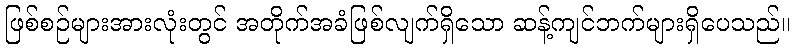
ဖြစ်စဉ်များအားလုံးတွင် အတိုက်အခံဖြစ်လျက်ရှိသော ဆန့်ကျင်ဘက်များရှိပေသည်။